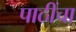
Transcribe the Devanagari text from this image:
पाठींचा